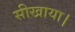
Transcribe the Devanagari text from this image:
सीखाया।